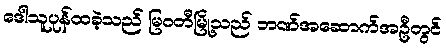
ဒေါသူပုန်ထခဲ့သည် မြဝတီမြို့သည် ဘဏ်အဆောက်အဦတွင်